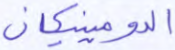
الدومينيكان